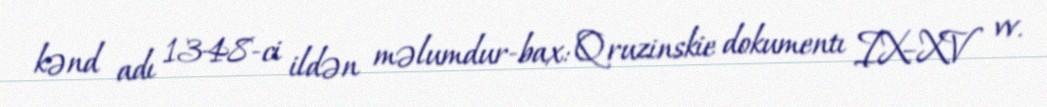
kənd adı 1348-ci ildən məlumdur-bax: Qruzinskie dokumentı IX–XV vv.